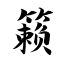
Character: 籁